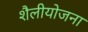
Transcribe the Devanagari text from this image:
शैलीयोजना